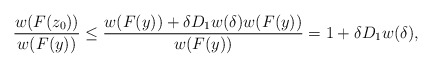
\begin{align*} \frac{w(F(z_0))}{w(F(y))} \leq \frac{w(F(y))+\delta D_1w(\delta)w(F(y))}{w(F(y))} = 1+\delta D_1w(\delta), \end{align*}